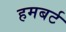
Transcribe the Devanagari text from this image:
हमबर्ट